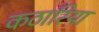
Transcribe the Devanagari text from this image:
कठारिया